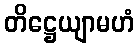
တိဋ္ဌေယျာမဟံ